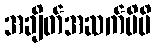
အချိတ်အဆက်မိမိ